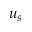
u _ { s }